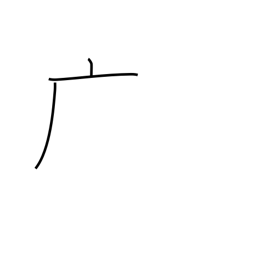
Meaning: dotted cliff radical (no. 53)